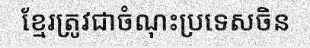
ខ្មែរត្រូវជាចំណុះប្រទេសចិន